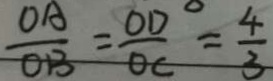
\frac { O A } { O B } = \frac { O D } { O C } = \frac { 4 } { 3 }